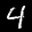
Label: 4